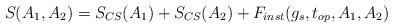
LaTeX: \begin{align*}S(A_1, A_2) = S_{CS}(A_1) + S_{CS}(A_2) +F_{inst}(g_s, t_{op}, A_1, A_2)\end{align*}